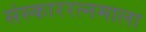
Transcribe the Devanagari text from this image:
संस्काररत्नमाला